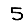
Digit: 5